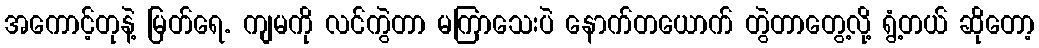
အကောင့်တုနဲ့ မြတ်ရေ. ကျမကို လင်ကွဲတာ မကြာသေးပဲ နောက်တယောက် တွဲတာတွေ့လို့ ရွံ့တယ် ဆိုတော့